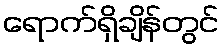
ရောက်ရှိချိန်တွင်